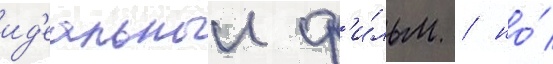
ид'еальныи ф'и́льм / но́